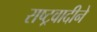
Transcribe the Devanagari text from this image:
राष्ट्रवादीने